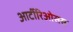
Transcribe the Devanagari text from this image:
आर्टीरिओसस